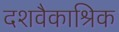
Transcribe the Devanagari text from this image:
दशवैकाश्रिक